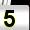
Digit: 5